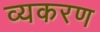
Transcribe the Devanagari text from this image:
व्यकरण